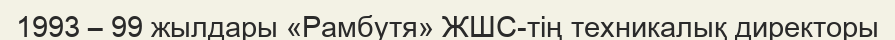
1993 – 99 жылдары «Рамбутя» ЖШС-тің техникалық директоры